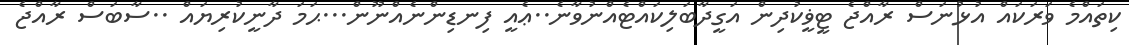
ކިތައްމެ ވަރަކައް އުޅުނަސް ރާއްޖެ ޓީޥީކުދިން އަގީދާބަލިކައްޓެއްނުވާނެ..ޢެއީ ފިނޑިންނެއްނޫން...ޙަމަ ދާނީކުރިޔައް ..ސާބަސް ރާއްޖެ